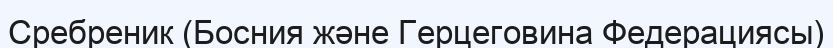
Сребреник (Босния және Герцеговина Федерациясы)